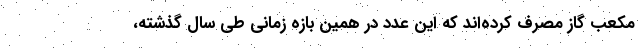
مکعب گاز مصرف کرده‌اند که این عدد در همین بازه زمانی طی سال گذشته،